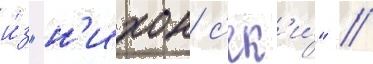
и́з "н'ихон с'ек'и́" /